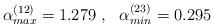
LaTeX: \begin{align*}\alpha_{max}^{(12)}=1.279 \ , \ \ \alpha_{min}^{(23)}=0.295\end{align*}